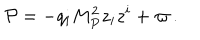
{ \cal P } = - q _ { i } M _ { P } ^ { 2 } z _ { i } z ^ { i } + \varpi \, .